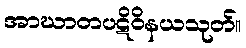
အာဃာတပဋိဝိနယသုတ်။